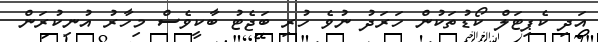
އަދި ކެޕިޓަލް ކޯޑުތަކުން ހަރަދު ނުވެ ހުރި ބަޖެޓު ބާކީވެސް މިހާރު އުނިކުރަން